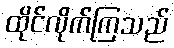
ထိုင်လိုက်ကြသည်